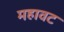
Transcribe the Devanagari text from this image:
महावट